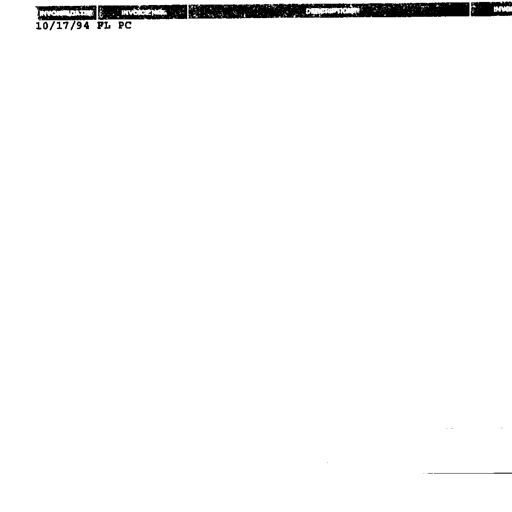
Transcript:
INVOICE DATE INVOICE NO. DESCRIPTION INVOICE
10/17/94 FL PC